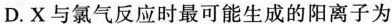
D.X与氯气反应时最可能生成的阳离子为